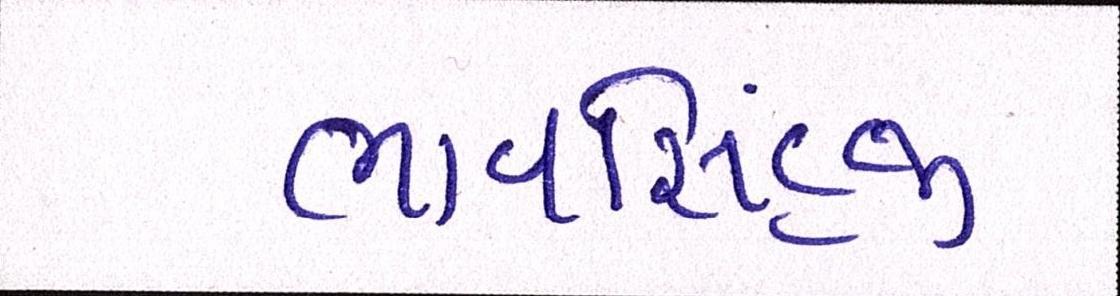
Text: ભાવસિંહજી